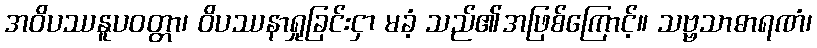
အဝိပဿနူပဝတ္တာ၊ ဝိပဿနာရှုခြင်းငှာ မခံ့ သည်၏အဖြစ်ကြောင့်။ သဗ္ဗသာဓာရဏံ၊